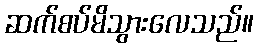
ဆက်စပ်မိသွားလေသည်။